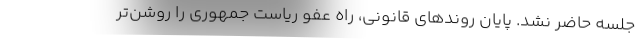
جلسه حاضر نشد. پایان روندهای قانونی، راه عفو ریاست جمهوری را روشن‌تر